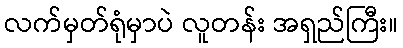
လက်မှတ်ရုံမှာပဲ လူတန်း အရှည်ကြီး။